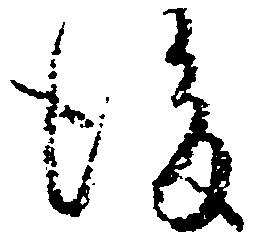
後